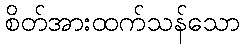
စိတ်အားထက်သန်သော